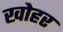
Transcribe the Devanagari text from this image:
खोहर